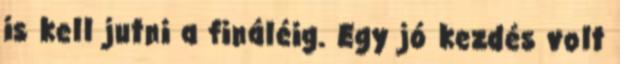
is kell jutni a fináléig. Egy jó kezdés volt